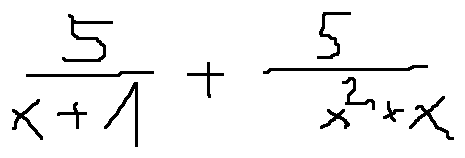
\frac { 5 } { x + 1 } + \frac { 5 } { x ^ { 2 } + x }